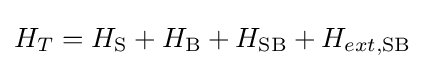
H_{T}=H_{\rm {S}}+H_{\rm {B}}+H_{\rm {SB}}+H_{ext,{\rm {SB}}}